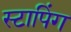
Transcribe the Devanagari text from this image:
स्टापिंग